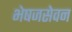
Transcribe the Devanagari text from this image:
भेषजसेवन